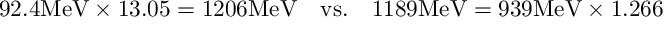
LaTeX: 9 2 . 4 \mathrm { M e V } \times 1 3 . 0 5 = 1 2 0 6 \mathrm { M e V } \quad \mathrm { v s . } \quad 1 1 8 9 \mathrm { M e V } = 9 3 9 \mathrm { M e V } \times 1 . 2 6 6